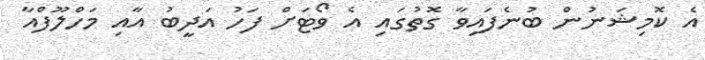
އެ ކޮމިޝަނުން ބުނެފައިވާ ގޮތުގައި އެ ވޯޓަށް ފަހު އަދީބު އާއި މަހްލޫފްއާ